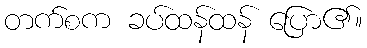
တက်စက ခပ်ထန်ထန် ပြော၏။